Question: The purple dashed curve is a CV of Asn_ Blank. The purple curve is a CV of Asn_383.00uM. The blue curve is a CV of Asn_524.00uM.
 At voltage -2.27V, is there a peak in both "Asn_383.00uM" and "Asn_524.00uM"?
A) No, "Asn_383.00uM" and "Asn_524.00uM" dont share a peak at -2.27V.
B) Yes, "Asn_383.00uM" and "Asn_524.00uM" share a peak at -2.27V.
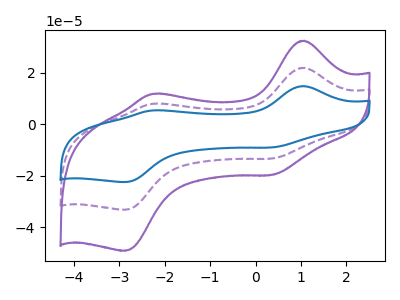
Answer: <think>The purple dashed curve "Asn_ Blank" has anodic peaks at (1.05V, 22.00uA) (-2.25V, 8.00uA) and cathodic peaks at (0.35V, -13.30uA) (-2.85V, -33.30uA). The purple curve "Asn_383.00uM" has anodic peaks at (1.05V, 32.60uA) (-2.25V, 11.85uA) and cathodic peaks at (0.35V, -19.70uA) (-2.85V, -49.25uA). The blue curve "Asn_524.00uM" has anodic peaks at (1.05V, 44.05uA) (-2.25V, 16.05uA) and cathodic peaks at (0.35V, -26.65uA) (-2.85V, -66.55uA).</think>
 <answer>B) Yes, "Asn_383.00uM" and "Asn_524.00uM" share a peak at -2.27V.</answer>
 <eval>B</eval>